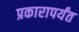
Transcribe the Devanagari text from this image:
प्रकारापर्यंत